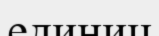
единиц